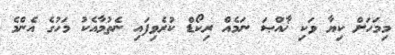
މިމަހަށް ކިޔާ ވަކި ޚާއްޞަ ނަމެއް ރިކޯޑް ކުރެވިފައި ނެތުމާއެކު މަހުގެ އެންމެ